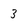
Character: 3